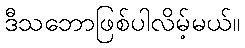
ဒီသဘောဖြစ်ပါလိမ့်မယ်။